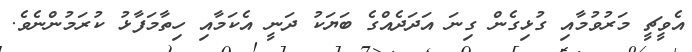
އެވީޗީ މަރުވުމާއި ގުޅިގެން ގިނަ އަދަދެއްގެ ބަޔަކު ދަނީ އެކަމާއި ހިތާމަފާޅު ކުރަމުންނެވެ.